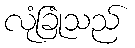
လုံခြုံသည်